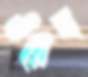
ওয়েছ